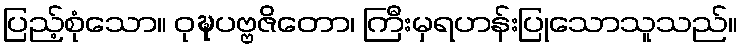
ပြည့်စုံသော။ ဝုဍ္ဎပဗ္ဗဇိတော၊ ကြီးမှရဟန်းပြုသောသူသည်။